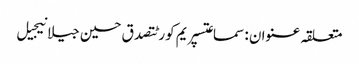
متعلقہ عنوان : سماعتسپریم کورٹتصدق حسین جیلانیجیل